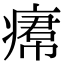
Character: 𤸷